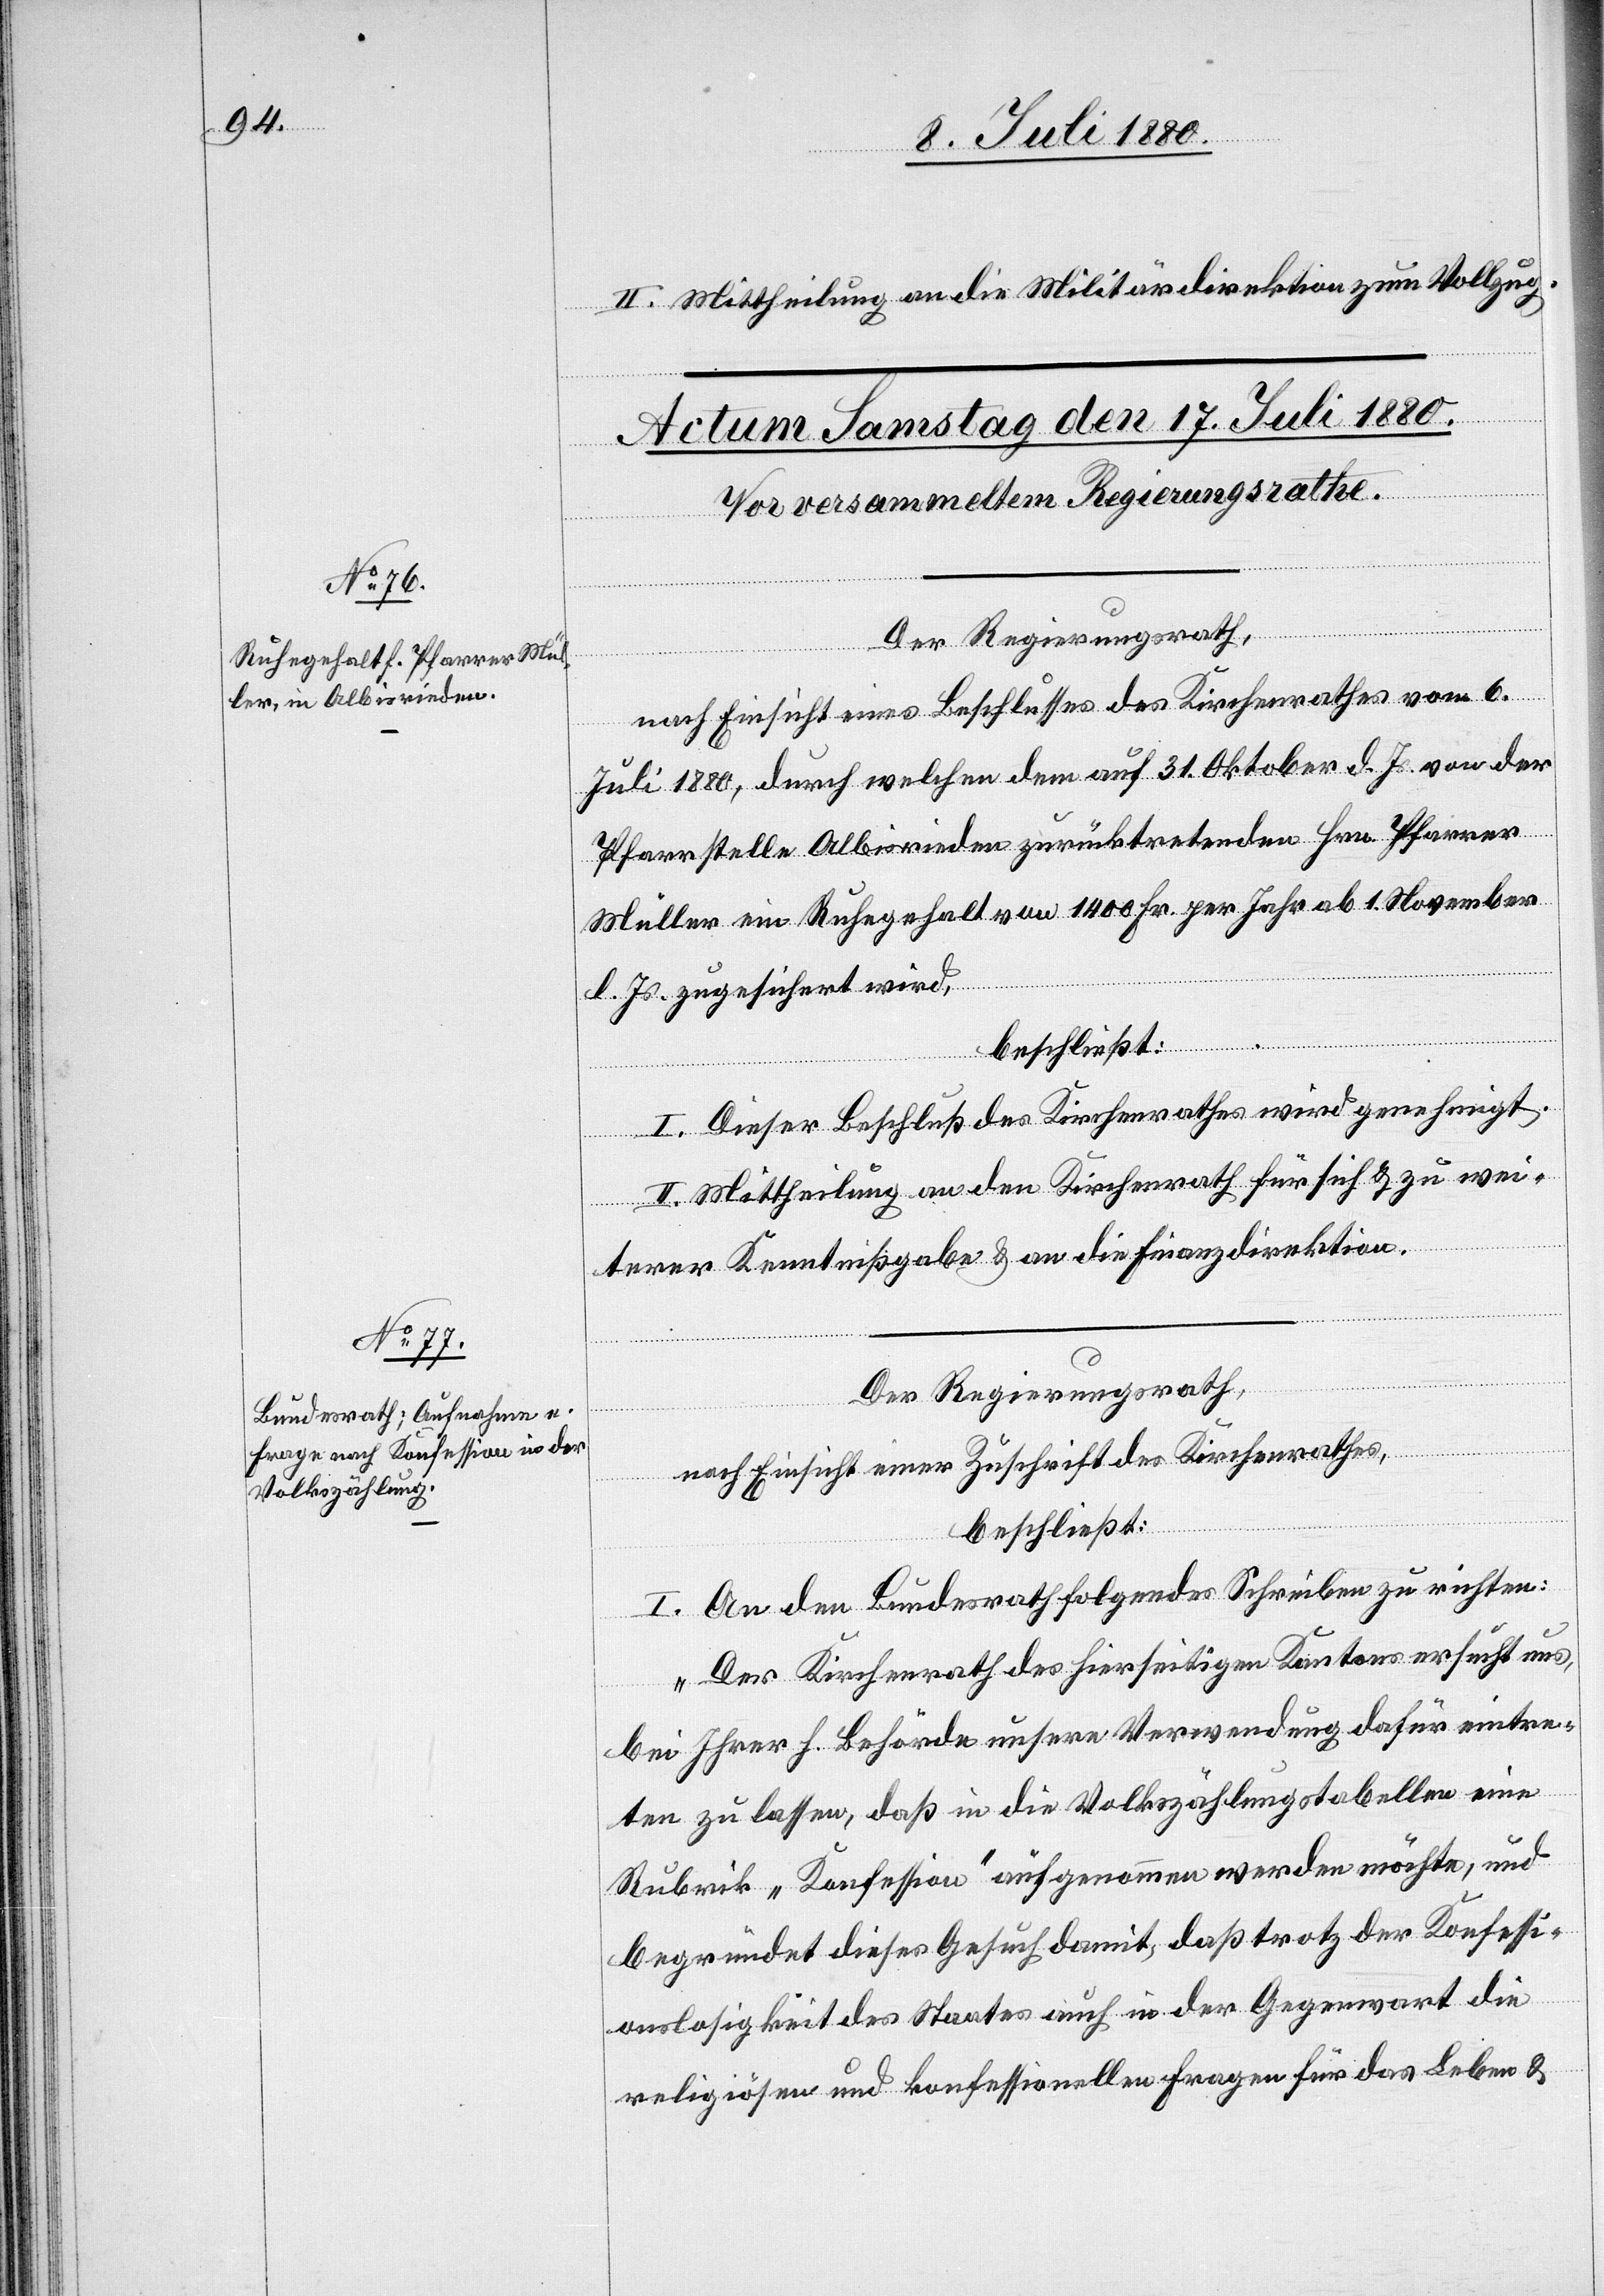
II. Mittheilung an die Militärdirektion zum Vollzug.
Der Regierungsrath,
nach Einsicht eines Beschlusses des Kirchenrathes vom 6.
Juli 1880, durch welchen dem auf 31. Oktober d. Js. von der
Pfarrstelle Albisrieden zurücktretenden Hrn. Pfarrer
Müller ein Ruhegehalt von 1400 Fr. per Jahr ab 1. November
d. Js. zugesichert wird,
beschließt:
I. Dieser Beschluß des Kirchenrathes wird genehmigt.
II. Mittheilung an den Kirchenrath für sich & zu wei¬
terer Kenntnißgabe & an die Finanzdirektion.
Der Regierungsrath,
nach Einsicht einer Zuschrift des Kirchenrathes,
beschließt:
I. An den Bundesrath folgendes Schreiben zu richten:
„Der Kirchenrath des hierseitigen Kantons ersucht uns,
bei Ihrer h. Behörde unsere Verwendung dafür eintre¬
ten zu lassen, daß in die Volkszählungstabellen eine
Rubrik „Konfession“ aufgenommen werden möchte, und
begründet dieses Gesuch damit, daß trotz der Konfessi¬
onslosigkeit des Staates auch in der Gegenwart die
religiösen und konfessionellen Fragen für das Leben &